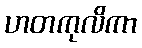
ဟတကုလိကာ